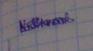
Signature authenticity: genuine